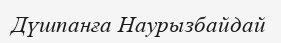
Дүшпанға Наурызбайдай